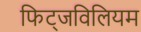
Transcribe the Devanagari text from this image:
फिट्जविलियम